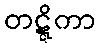
တဋ္ဋိကာ